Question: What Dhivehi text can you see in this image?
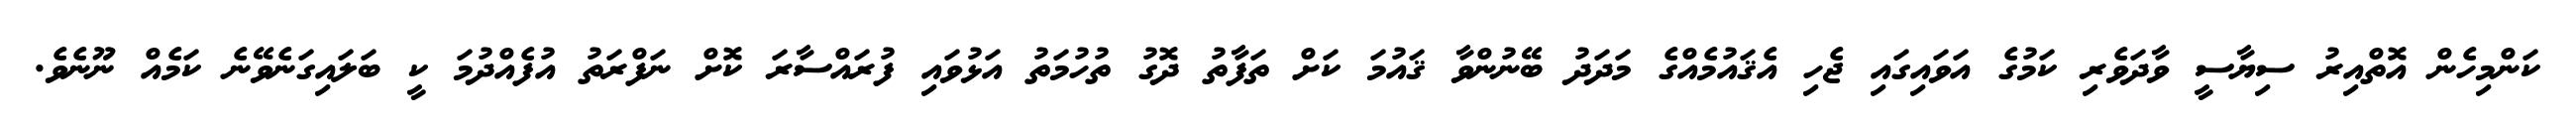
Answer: ކަންމިހެން އޮތްއިރު ސިޔާސީ ވާދަވެރި ކަމުގެ އަވައިގައި ޖެހި އެޤައުމެއްގެ މަދަދު ބޭނުންވާ ޤައުމަ ކަށް ތަފާތު ދޮގު ތުހުމަތު އަޅުވައި ފުރައްސާރަ ކޮށް ނަފްރަތު އުފެއްދުމަ ކީ ބަލައިގަނެވޭނެ ކަމެއް ނޫނެވެ.